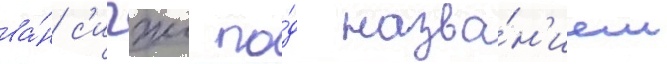
ва́н с'ичжи по́д назва́н'ием